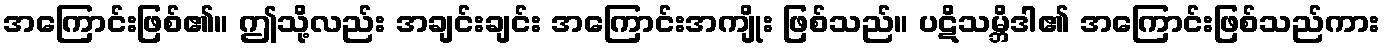
အကြောင်းဖြစ်၏။ ဤသို့လည်း အချင်းချင်း အကြောင်းအကျိုး ဖြစ်သည်။ ပဋိသမ္ဘိဒါ၏ အကြောင်းဖြစ်သည်ကား